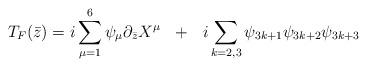
LaTeX: \begin{align*}T_F({\bar{z}}) =i \sum_{\mu = 1}^{6} \psi_{\mu} \partial_{\bar z} X^{\mu}{}~~+~~ i \sum_{k=2,3} \psi_{3k+1} \psi_{3k+2} \psi_{3k+3}\end{align*}